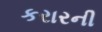
કરારની